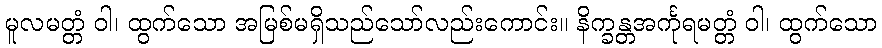
မူလမတ္တံ ဝါ၊ ထွက်သော အမြစ်မရှိသည်သော်လည်းကောင်း။ နိက္ခန္တအင်္ကုရမတ္တံ ဝါ၊ ထွက်သော